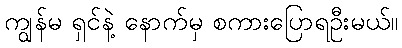
ကျွန်မ ရှင်နဲ့ နောက်မှ စကားပြောရဦးမယ်။